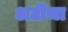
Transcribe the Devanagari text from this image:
अटींचा